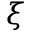
{ \boldsymbol \xi }